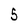
Character: 5